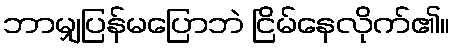
ဘာမျှပြန်မပြောဘဲ ငြိမ်နေလိုက်၏။